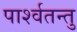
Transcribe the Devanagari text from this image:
पार्श्वतन्तु